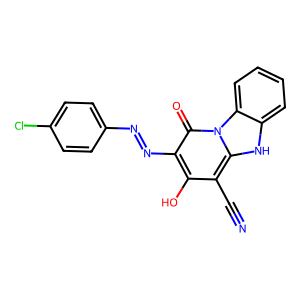
SMILES: N#Cc1c(O)c(N=Nc2ccc(Cl)cc2)c(=O)n2c1[nH]c1ccccc12
Inhibits HIV replication: No